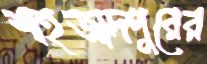
শাহজাদপুরের